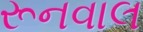
રૂનવાલ